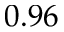
0 . 9 6